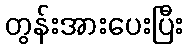
တွန်းအားပေးပြီး